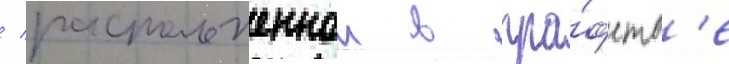
/ расположеннои в гра́фств'е